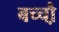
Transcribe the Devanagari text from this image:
बच्चौ़